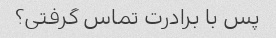
پس با برادرت تماس گرفتی؟